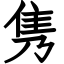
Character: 隽